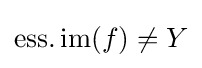
\operatorname {ess.im} (f)\neq Y